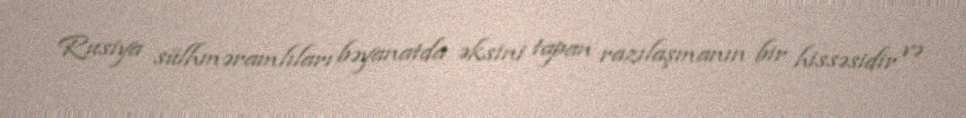
Rusiya sülhməramlıları bəyanatda əksini tapan razılaşmanın bir hissəsidir və